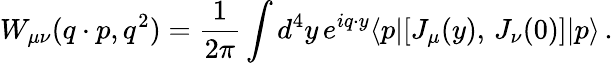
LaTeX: W_{\mu\nu}(q\cdot p,q^{2})=\frac{1}{2\pi}\int d^{4}y\, e^{iq\cdot y}\langle p|[J_{\mu}(y),\, J_{\nu}(0)]|p\rangle\, .